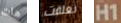
هات تعلقت H1